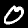
Label: 0